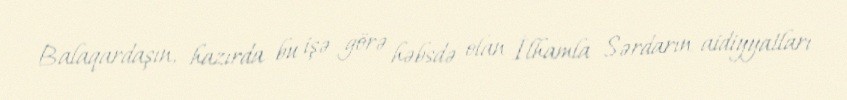
Balaqardaşın, hazırda bu işə görə həbsdə olan İlhamla Sərdarın aidiyyatları